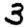
Digit: 3